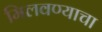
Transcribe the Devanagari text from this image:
मिलवण्याचा